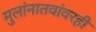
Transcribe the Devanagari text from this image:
मुलांनातवांवरही